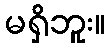
မရှိဘူး။